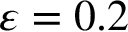
\varepsilon = 0 . 2